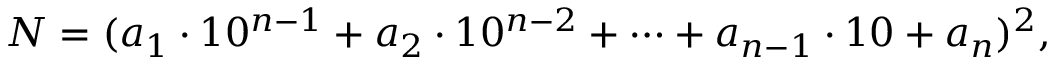
N = ( a _ { 1 } \cdot 1 0 ^ { n - 1 } + a _ { 2 } \cdot 1 0 ^ { n - 2 } + \cdots + a _ { n - 1 } \cdot 1 0 + a _ { n } ) ^ { 2 } ,